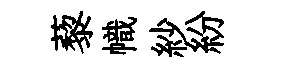
藜幟紗紛